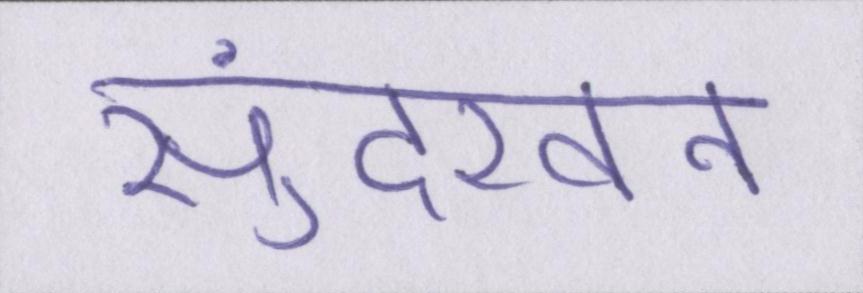
सुंदरवन